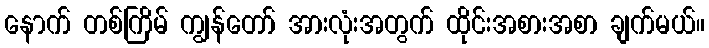
နောက် တစ်ကြိမ် ကျွန်တော် အားလုံးအတွက် ထိုင်းအစားအစာ ချက်မယ်။